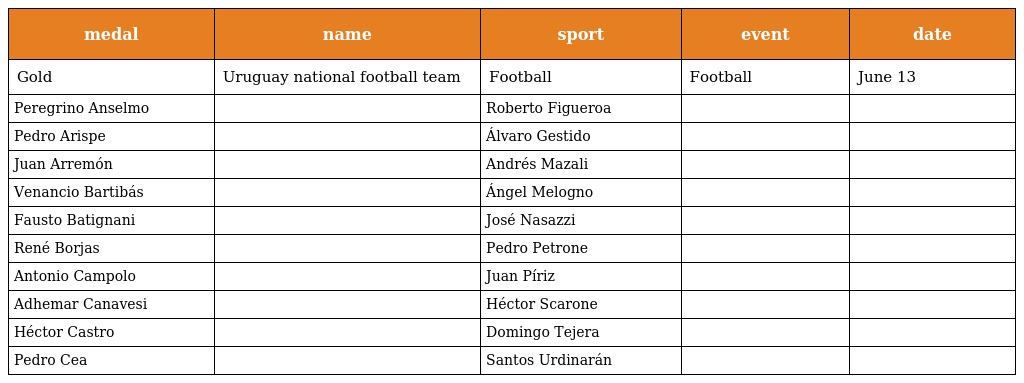
| medal | name | sport | event | date |
 | --- | --- | --- | --- | --- |
 | Gold | Uruguay national football team | Football | Football | June 13 |
 | Peregrino Anselmo |  | Roberto Figueroa |  |  |
 | Pedro Arispe |  | Álvaro Gestido |  |  |
 | Juan Arremón |  | Andrés Mazali |  |  |
 | Venancio Bartibás |  | Ángel Melogno |  |  |
 | Fausto Batignani |  | José Nasazzi |  |  |
 | René Borjas |  | Pedro Petrone |  |  |
 | Antonio Campolo |  | Juan Píriz |  |  |
 | Adhemar Canavesi |  | Héctor Scarone |  |  |
 | Héctor Castro |  | Domingo Tejera |  |  |
 | Pedro Cea |  | Santos Urdinarán |  |  |